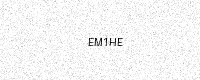
Text: EM1HE